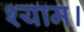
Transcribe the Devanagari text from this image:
श्याम।